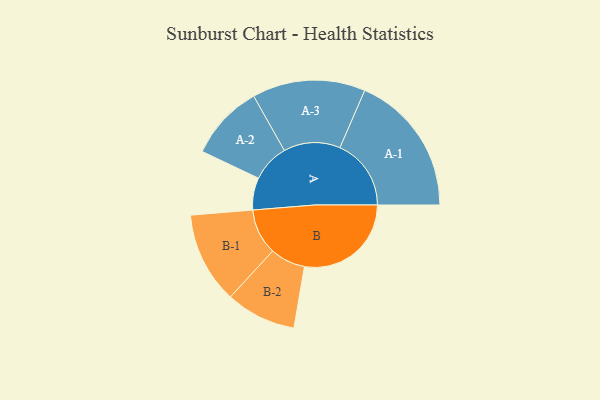
{"axis": {"x": "Segment", "y": "Value"}, "legend": ["", "A", "B"], "data": [{"x": "A", "y": 116, "type": ""}, {"x": "B", "y": 385, "type": ""}, {"x": "A-1", "y": 257, "type": "A"}, {"x": "A-2", "y": 136, "type": "A"}, {"x": "A-3", "y": 204, "type": "A"}, {"x": "B-1", "y": 165, "type": "B"}, {"x": "B-2", "y": 127, "type": "B"}]}